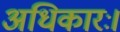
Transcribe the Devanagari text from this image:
अधिकारः।